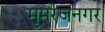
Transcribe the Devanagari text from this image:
मुमरेजनगर